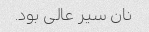
نان سیر عالی بود.